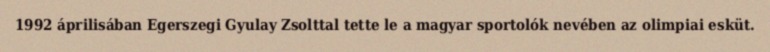
1992 áprilisában Egerszegi Gyulay Zsolttal tette le a magyar sportolók nevében az olimpiai esküt.